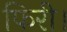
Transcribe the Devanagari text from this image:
फिरी।